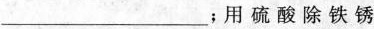
___；用硫酸除铁锈